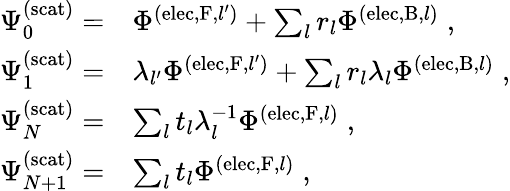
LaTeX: \begin{array}{rl}{\Psi_{0}^{\mathrm{(scat)}}=}&{\Phi^{(\mathrm{elec},\mathrm{F},{l^{\prime}})}+\sum_{l}r_{l}\Phi^{(\mathrm{elec},\mathrm{B},l)}\; ,}\\ {\Psi_{1}^{\mathrm{(scat)}}=}&{\lambda_{l^{\prime}}\Phi^{(\mathrm{elec},\mathrm{F},{l^{\prime}})}+\sum_{l}r_{l}\lambda_{l}\Phi^{(\mathrm{elec},\mathrm{B},l)}\; ,}\\ {\Psi_{N}^{\mathrm{(scat)}}=}&{\sum_{l}t_{l}\lambda_{l}^{-1}\Phi^{(\mathrm{elec},\mathrm{F},l)}\; ,}\\ {\Psi_{N+1}^{\mathrm{(scat)}}=}&{\sum_{l}t_{l}\Phi^{(\mathrm{elec},\mathrm{F},l)}\; ,}\end{array}